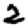
Digit: 2